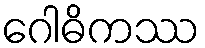
ဂေါဓိကဿ